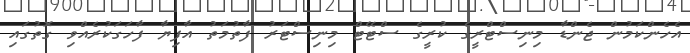
އެހެންކަމުން ޖެންޑާ މިނިސްޓްރީގެ ކުރީގެ ސްޓޭޓް މިނިސްޓަރު ފާތުމަތު އާފިޔާ ފާހަގަކުރެއްވި ގޮތުގައި